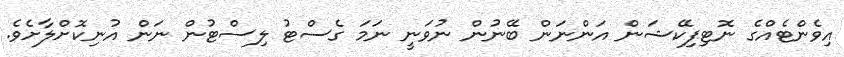
އިވެންޓެއްގެ ނޮޓިފިކޭޝަން އަންނަން ބޭނުން ނުވަނީ ނަމަ ގެސްޓު ލިސްޓުން ނަން އުނިކޮށްލާށެވެ.